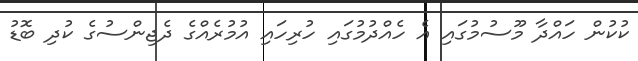
ކުކުން ހައްދާ މޫސުމުގައި އެ ހެއްދުމުގައި ހުރިހައި އުމުރެއްގެ ދެޖިންސުގެ ކުދި ބޮޑު